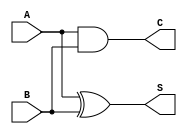
module half_adder (
    input wire A,  // First input bit
    input wire B,  // Second input bit
    output wire S, // Sum output
    output wire C  // Carry output
);

    // Logic for Sum (S) and Carry (C)
    assign S = A ^ B; // Sum is A XOR B
    assign C = A & B; // Carry is A AND B

endmodule